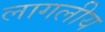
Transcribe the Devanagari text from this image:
लागलीय